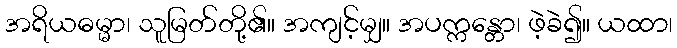
အရိယဓမ္မာ၊ သူမြတ်တို့၏။ အကျင့်မျှ။ အပက္ကန္တော၊ ဖဲ့ခဲ၍။ ယထာ၊